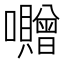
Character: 囎